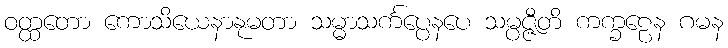
ဝတ္ထတော ကောသိယေနာနုမတာ သမ္မာသင်္ကပ္ပေနပေ သမ္ပဇ္ဇီတိ ကက္ခဠေန ဂမန